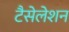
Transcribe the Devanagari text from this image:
टैसेलेशन